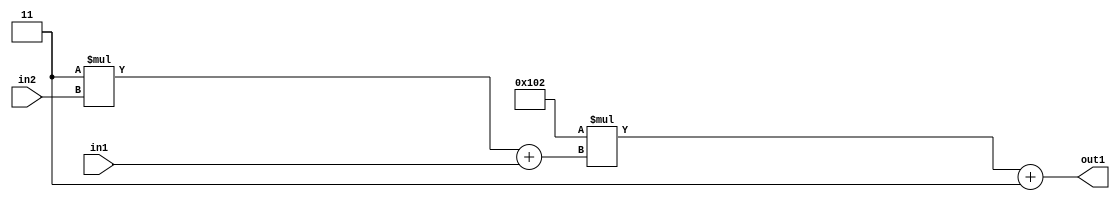
`timescale 1ps / 1ps
/*****************************************************************************
    Verilog RTL Description
    
    
    Created by: Stratus DpOpt 2019.1.01 
*******************************************************************************/

module DC_Filter_Add2i3Mul2i258Add2u1Mul2i3u2_4 (
	in2,
	in1,
	out1
	); /* architecture "behavioural" */ 
input [1:0] in2;
input  in1;
output [11:0] out1;
wire [11:0] asc001;
wire [3:0] asc002;

wire [3:0] asc002_tmp_0;
assign asc002_tmp_0 = 
	+(4'B0011 * in2);
assign asc002 = asc002_tmp_0
	+(in1);

wire [11:0] asc001_tmp_1;
assign asc001_tmp_1 = 
	+(12'B000100000010 * asc002);
assign asc001 = asc001_tmp_1
	+(12'B000000000011);

assign out1 = asc001;
endmodule

/* CADENCE  v7b0Tw8= : u9/ySgnWtBlWxVPRXgAZ4Og= ** DO NOT EDIT THIS LINE ******/